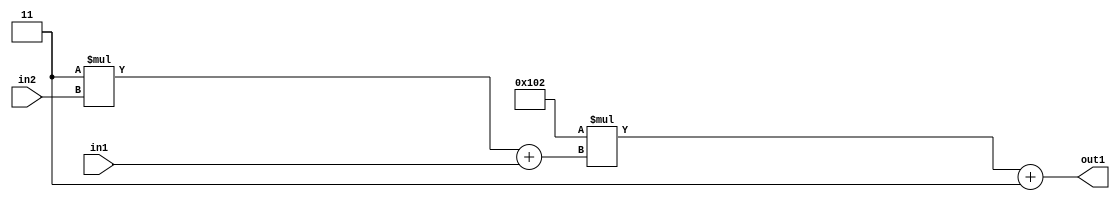
`timescale 1ps / 1ps
/*****************************************************************************
    Verilog RTL Description
    
    
    Created by: Stratus DpOpt 2019.1.01 
*******************************************************************************/

module DC_Filter_Add2i3Mul2i258Add2u1Mul2i3u2_4 (
	in2,
	in1,
	out1
	); /* architecture "behavioural" */ 
input [1:0] in2;
input  in1;
output [11:0] out1;
wire [11:0] asc001;
wire [3:0] asc002;

wire [3:0] asc002_tmp_0;
assign asc002_tmp_0 = 
	+(4'B0011 * in2);
assign asc002 = asc002_tmp_0
	+(in1);

wire [11:0] asc001_tmp_1;
assign asc001_tmp_1 = 
	+(12'B000100000010 * asc002);
assign asc001 = asc001_tmp_1
	+(12'B000000000011);

assign out1 = asc001;
endmodule

/* CADENCE  v7b0Tw8= : u9/ySgnWtBlWxVPRXgAZ4Og= ** DO NOT EDIT THIS LINE ******/